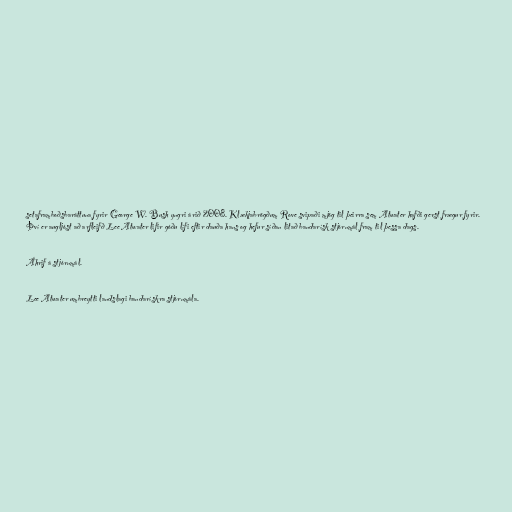
setaframboðsbaráttuna fyrir George W. Bush yngri árið 2008. Klækjabrögðum Rove svipaði mjög til þeirra sem Atwater hafði gerst frægur fyrir.
Því er augljóst að arfleifð Lee Atwater lifir góðu lífi eftir dauða hans og hefur síðan litað bandarísk stjórnmál fram til þessa dags.

Áhrif á stjórnmál.

Lee Atwater umbreytti landslagi bandarískra stjórnmála.